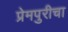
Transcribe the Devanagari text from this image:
प्रेमपुरीचा